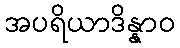
အပရိယာဒိန္နာဝ